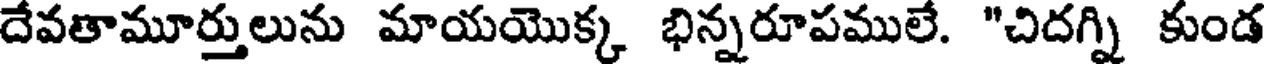
దేవతామూర్తులును మాయయొక్క భిన్నరూపములే. "చిదగ్ని కుండ